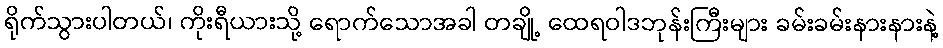
ရိုက်သွားပါတယ်၊ ကိုးရီယားသို့ ရောက်သောအခါ တချို့ ထေရဝါဒဘုန်းကြီးများ ခမ်းခမ်းနားနားနဲ့